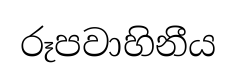
රූපවාහිනීය